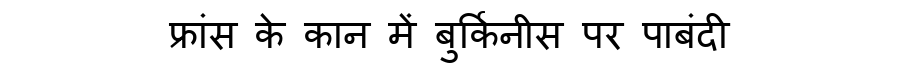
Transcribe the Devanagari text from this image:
फ्रांस के कान में बुर्किनीस पर पाबंदी